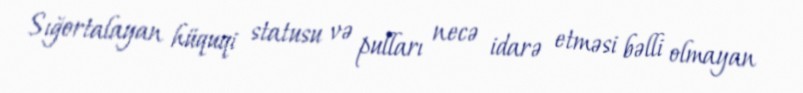
Sığortalayan hüquqi statusu və pulları necə idarə etməsi bəlli olmayan